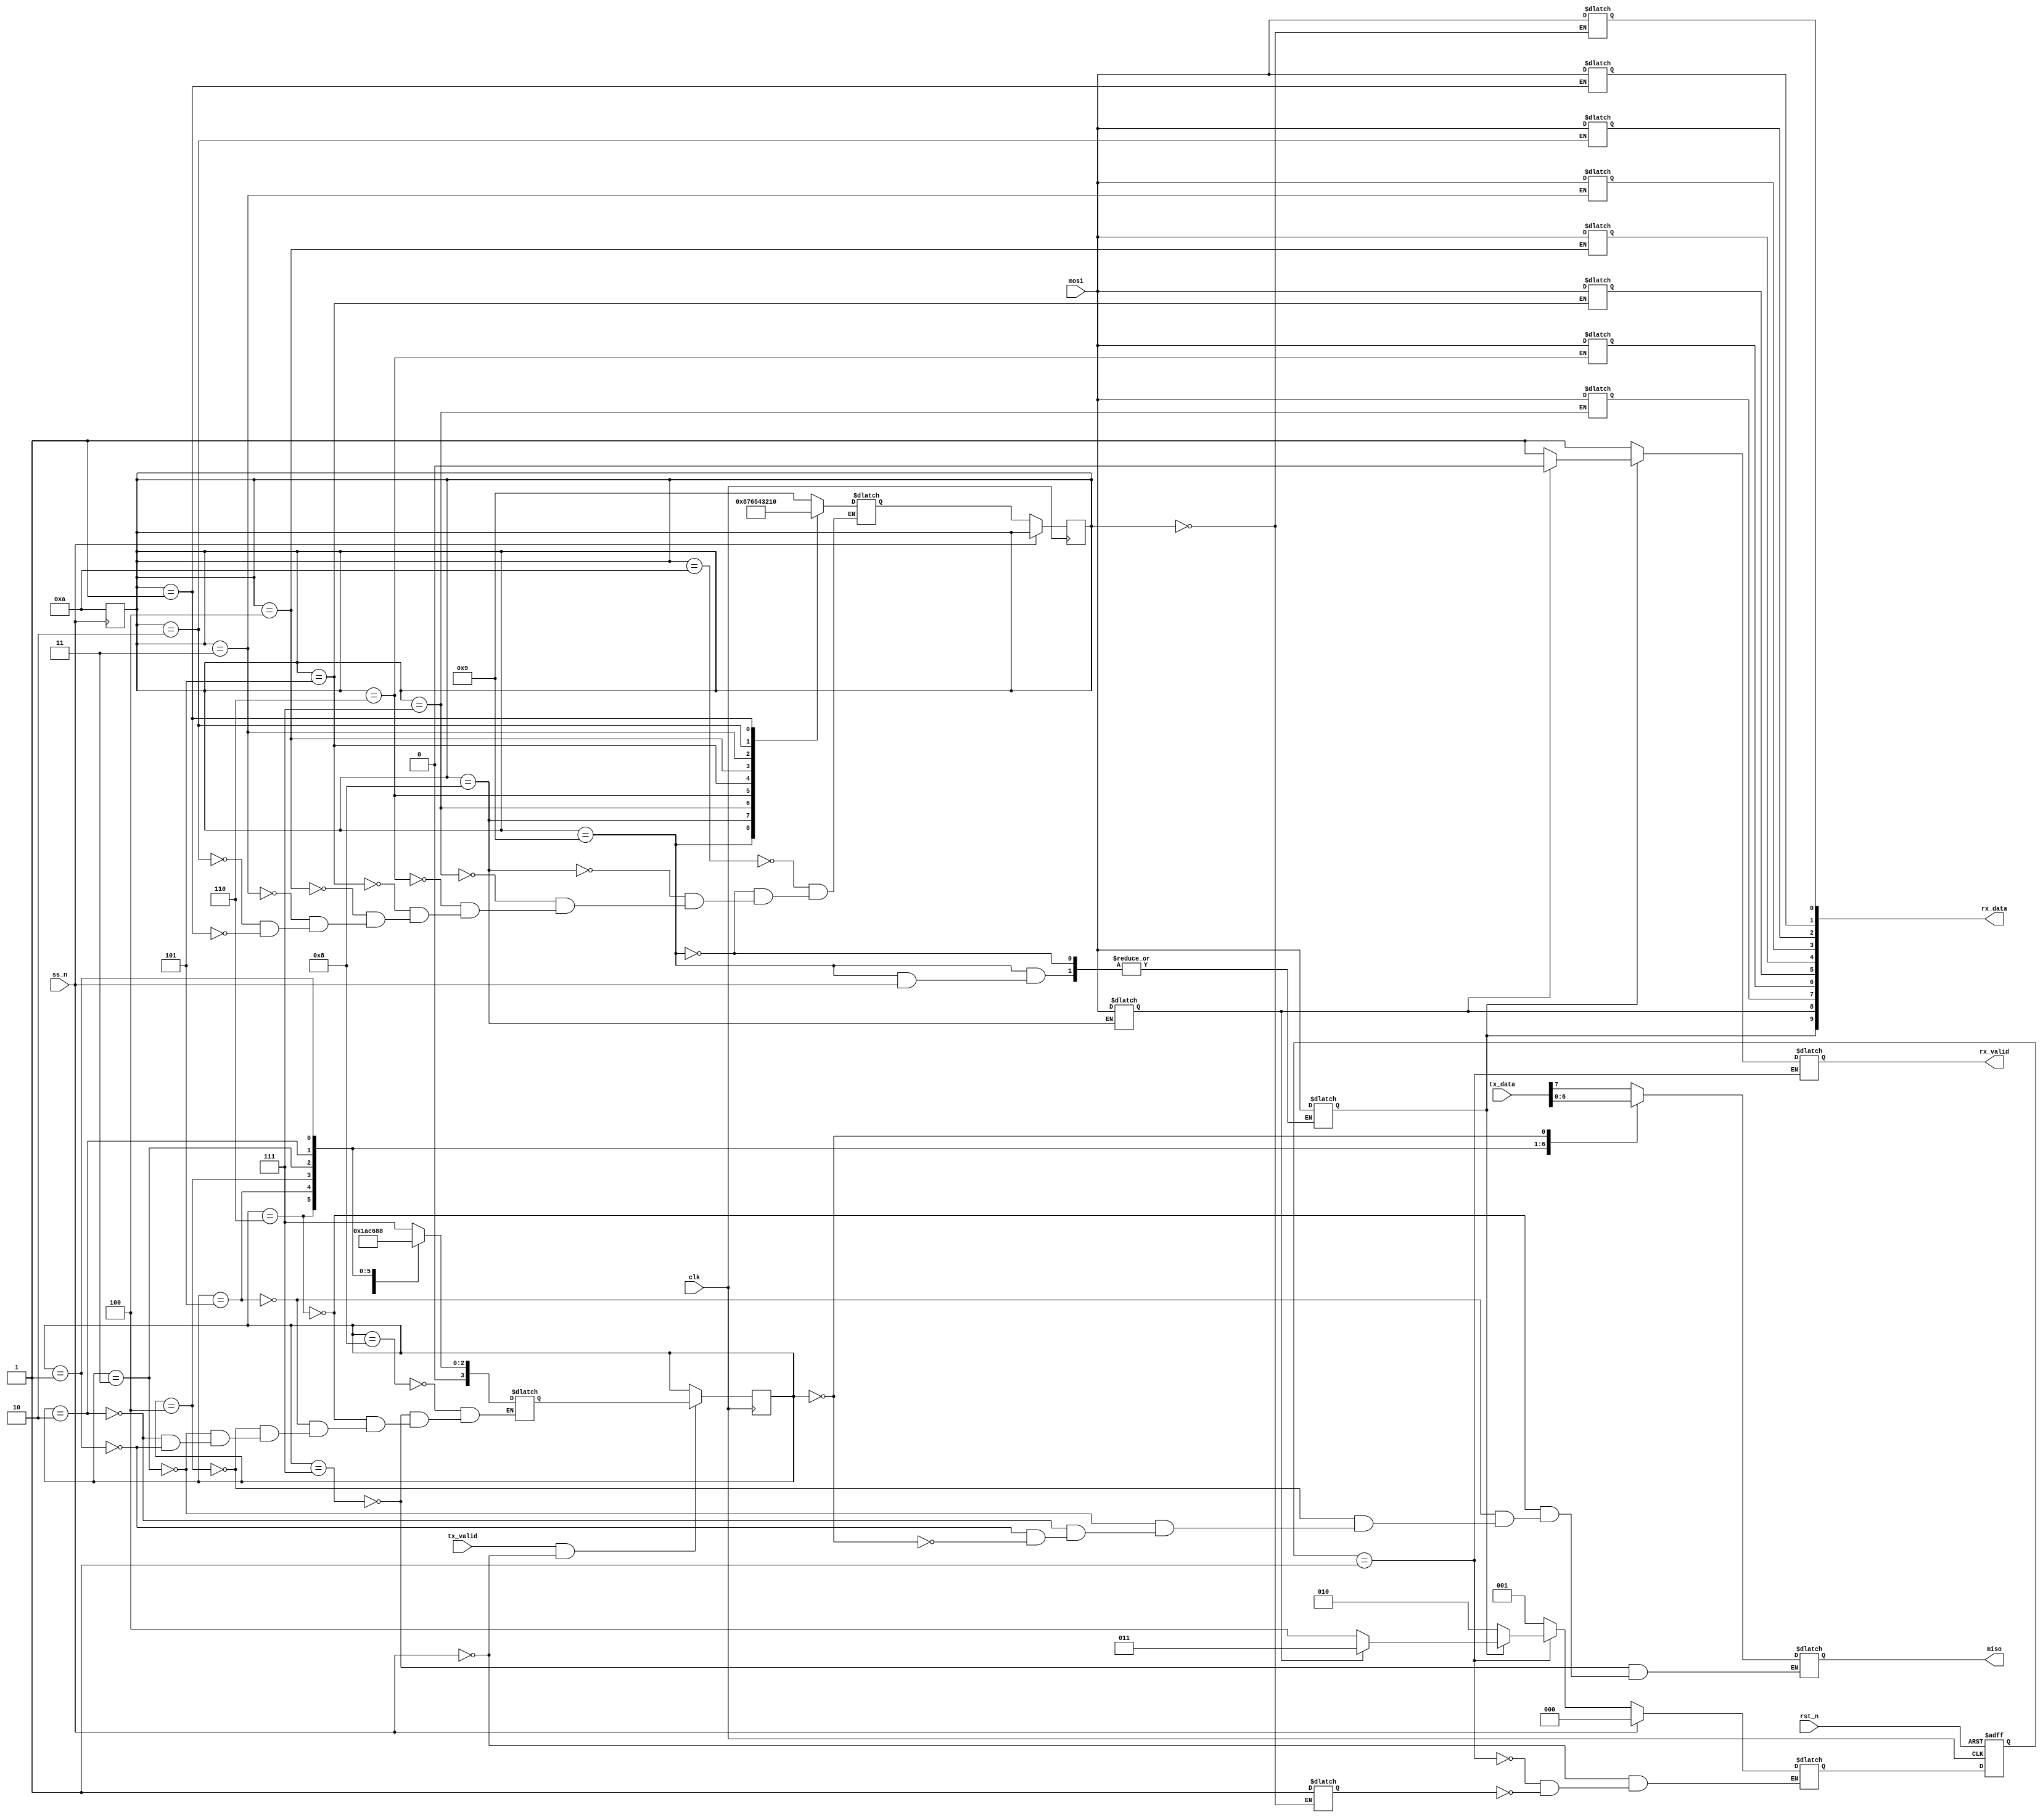
module slave_SSPI (clk,rst_n,mosi,ss_n,tx_valid,tx_data,miso,rx_valid,rx_data);

parameter [2:0]i_dle='d0;
parameter [2:0]chk_cmd='d1;
parameter [2:0]write='d2;
parameter [2:0]Read_data='d3;
parameter [2:0]Read_add='d4;

// states reg
parameter [3:0]a='d9;
parameter [3:0]b='d8;
parameter [3:0]c='d7;
parameter [3:0]d='d6;
parameter [3:0]e='d5;
parameter [3:0]f='d4;
parameter [3:0]g='d3;
parameter [3:0]h='d2;
parameter [3:0]i='d1;
parameter [3:0]j='d0;
parameter [3:0]beg='d10;


parameter [3:0]A='d7;
parameter [3:0]B='d6;
parameter [3:0]C='d5;
parameter [3:0]D='d4;
parameter [3:0]E='d3;
parameter [3:0]F='d2;
parameter [3:0]G='d1;
parameter [3:0]H='d0;
parameter [3:0]Beg2='d8;

input clk,rst_n,mosi,ss_n,tx_valid;
input [7:0] tx_data;

output reg miso,rx_valid;
output reg[9:0] rx_data;

reg [2:0]cs=i_dle;
reg [3:0]cs_parallel_series=a;
reg [2:0]ns;
reg [3:0]ns_parallel_series;
reg temp_ssn=0;

reg [3:0] cs_Mem_to_Slave=Beg2;
reg [3:0] ns_Mem_to_Slave;



always @(posedge clk) begin
	if (ss_n==0) begin

		cs_parallel_series<=ns_parallel_series;
		
	end
	
end


always @(cs_parallel_series) begin
	case(cs_parallel_series) 
		beg:begin
			ns_parallel_series=a;
		end
		a:begin
			ns_parallel_series = b;
			if (ss_n==0) begin
				rx_data[9]=mosi;
			end
		end
		b:begin
			ns_parallel_series = c;
			rx_data[8]=mosi;
		end
		c:begin
			ns_parallel_series = d;
			rx_data[7]=mosi;
		end
		d:begin
			ns_parallel_series = e;
			rx_data[6]=mosi;
		end
		e:begin
			ns_parallel_series = f;
			rx_data[5]=mosi;
		end
		f:begin
			ns_parallel_series = g;
			rx_data[4]=mosi;
		end
		g:begin
			ns_parallel_series = h;
			rx_data[3]=mosi;
		end
		h:begin
			ns_parallel_series = i;
			rx_data[2]=mosi;
		end
		i:begin
			ns_parallel_series = j;
			rx_data[1]=mosi;
		end
		j:begin
			rx_data[0]=mosi;
			temp_ssn=1;
		end

	endcase

end



//Return small when ss_n=1
always @(posedge ss_n) begin
	if (ss_n) begin
		cs_parallel_series=beg;
	end
end


//state memory(big)
always @(posedge clk or negedge rst_n) begin
	if (~rst_n) begin
		cs<=i_dle;
		
	end
	else begin
		cs<=ns;
	end
end

// next state Big

always @(cs,temp_ssn,ss_n) begin 
	if (temp_ssn) begin
		ns=chk_cmd;
	end
	if (cs==chk_cmd) begin
		case (rx_data[9])
		1'b0:begin
			ns=write;
			rx_valid=1;
		end
		1'b1 :begin
			if (rx_data[8]==0) begin
				ns=Read_add;
				rx_valid=1;
			end
			else begin
				ns=Read_data;
				rx_valid=0;
			end
		end
	
	endcase
	end

	if (ss_n==1) begin
		ns=i_dle;
	end
end


// tx_valid=1
//mem block memory to slave
always @(posedge clk) begin 
	if (tx_valid==1&&ss_n==0) begin
		cs_Mem_to_Slave <= ns_Mem_to_Slave;
	end
end

always @(cs_Mem_to_Slave) begin
	case(cs_Mem_to_Slave) 
		

		Beg2:begin
			ns_Mem_to_Slave = A;
			
		end
		A:begin
			ns_Mem_to_Slave = B;
			miso=tx_data[7];
		end
		B:begin
			ns_Mem_to_Slave = C;
			miso=tx_data[6];
		end
		C:begin
			ns_Mem_to_Slave = D;
			miso=tx_data[5];
		end
		D:begin
			ns_Mem_to_Slave = E;
			miso=tx_data[4];
		end
		E:begin
			ns_Mem_to_Slave = F;
			miso=tx_data[3];
		end
		F:begin
			ns_Mem_to_Slave = G;
			miso=tx_data[2];
		end
		G:begin
			ns_Mem_to_Slave = H;
			miso=tx_data[1];
		end
		H:begin
			miso=tx_data[0];
		end
		


	endcase

end


endmodule